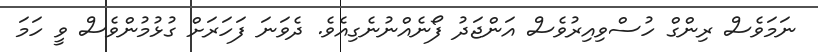
ނަމަވެސް ރިންގް ހުސްވިއިރުވެސް އަންޖަދު ފޯނެއްނުނެގިއެވެ. ދެވަނަ ފަހަރަށް ގުޅުމުންވެސް ވީ ހަމަ